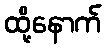
ထို့နောက်